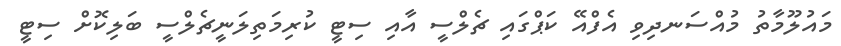
މައުލޫމާތު މުއްސަނދިވި އެފްއޭ ކަޕްގައި ޗެލްސީ އާއި ސިޓީ ކުރިމަތިލަނީޗެލްސީ ބަލިކޮށް ސިޓީ